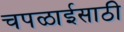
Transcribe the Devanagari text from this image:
चपळाईसाठी